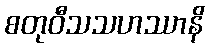
စတုဝီသသဟဿာနိ